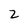
Character: 2